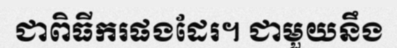
ជាពិធីករផងដែរ។ ជាមួយនឹង